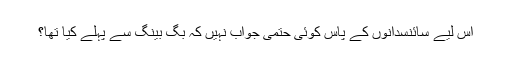
اس لیے سائنسدانوں کے پاس کوئی حتمی جواب نہیں کہ بگ بینگ سے پہلے کیا تھا؟